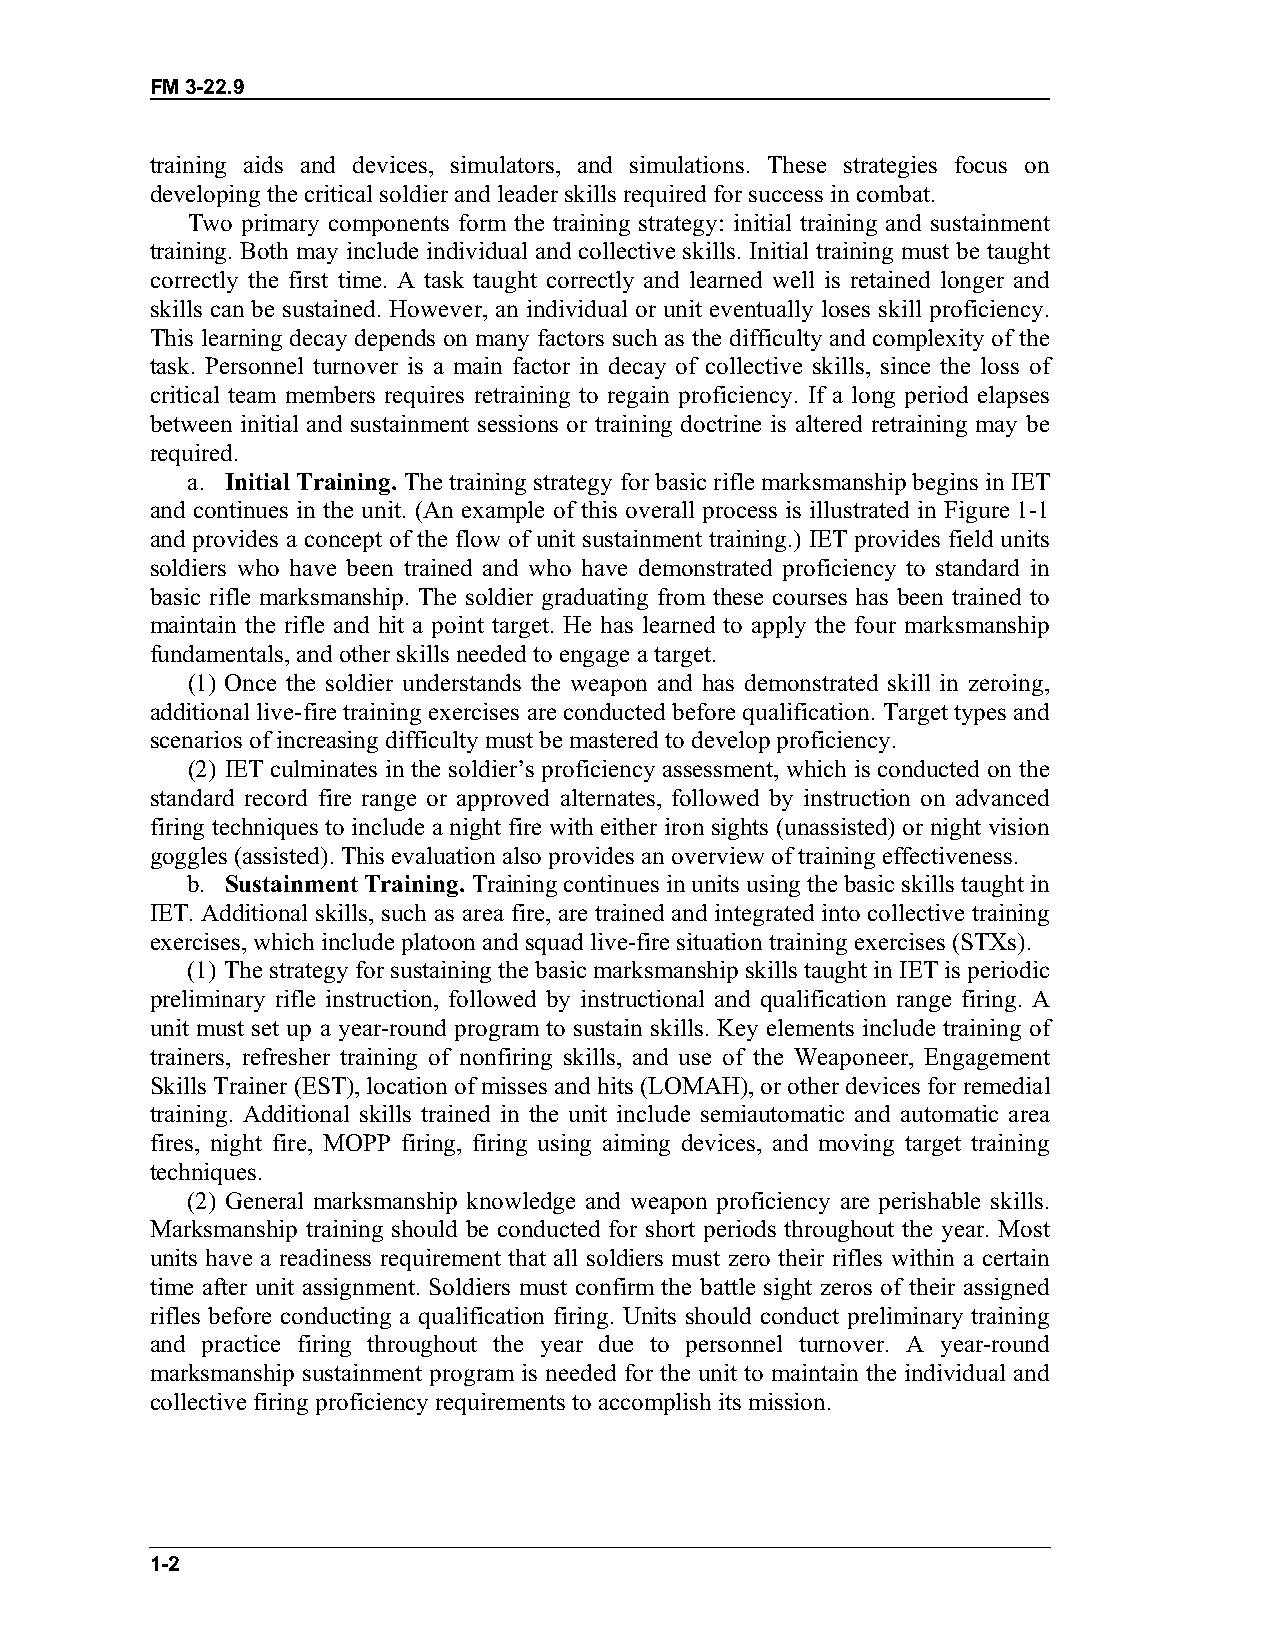
FM 3-22.9
 training aids and devices, simulators, and simulations. These strategies focus on
 developing the critical soldier and leader skills required for success in combat.
 Two primary components form the training strategy: initial training and sustainment
 training. Both may include individual and collective skills. Initial training must be taught
 correctly the first time. A task taught correctly and learned well is retained longer and
 skills can be sustained. However, an individual or unit eventually loses skill proficiency.
 This learning decay depends on many factors such as the difficulty and complexity of the
 task. Personnel turnover is a main factor in decay of collective skills, since the loss of
 critical team members requires retraining to regain proficiency. If a long period elapses
 between initial and sustainment sessions or training doctrine is altered retraining may be
 required.
 a. Initial Training. The training strategy for basic rifle marksmanship begins in IET
 and continues in the unit. (An example of this overall process is illustrated in Figure 1-1
 and provides a concept of the flow of unit sustainment training.) IET provides field units
 soldiers who have been trained and who have demonstrated proficiency to standard in
 basic rifle marksmanship. The soldier graduating from these courses has been trained to
 maintain the rifle and hit a point target. He has learned to apply the four marksmanship
 fundamentals, and other skills needed to engage a target.
 (1) Once the soldier understands the weapon and has demonstrated skill in zeroing,
 additional live-fire training exercises are conducted before qualification. Target types and
 scenarios of increasing difficulty must be mastered to develop proficiency.
 (2) IET culminates in the soldier’s proficiency assessment, which is conducted on the
 standard record fire range or approved alternates, followed by instruction on advanced
 firing techniques to include a night fire with either iron sights (unassisted) or night vision
 goggles (assisted). This evaluation also provides an overview of training effectiveness.
 b. Sustainment Training. Training continues in units using the basic skills taught in
 IET. Additional skills, such as area fire, are trained and integrated into collective training
 exercises, which include platoon and squad live-fire situation training exercises (STXs).
 (1) The strategy for sustaining the basic marksmanship skills taught in IET is periodic
 preliminary rifle instruction, followed by instructional and qualification range firing. A
 unit must set up a year-round program to sustain skills. Key elements include training of
 trainers, refresher training of nonfiring skills, and use of the Weaponeer, Engagement
 Skills Trainer (EST), location of misses and hits (LOMAH), or other devices for remedial
 training. Additional skills trained in the unit include semiautomatic and automatic area
 fires, night fire, MOPP firing, firing using aiming devices, and moving target training
 techniques.
 (2) General marksmanship knowledge and weapon proficiency are perishable skills.
 Marksmanship training should be conducted for short periods throughout the year. Most
 units have a readiness requirement that all soldiers must zero their rifles within a certain
 time after unit assignment. Soldiers must confirm the battle sight zeros of their assigned
 rifles before conducting a qualification firing. Units should conduct preliminary training
 and practice firing throughout the year due to personnel turnover. A year-round
 marksmanship sustainment program is needed for the unit to maintain the individual and
 collective firing proficiency requirements to accomplish its mission.
 1-2